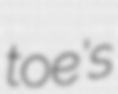
toe's